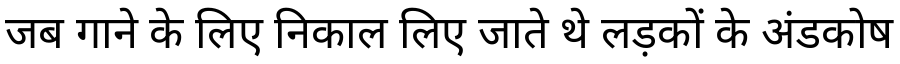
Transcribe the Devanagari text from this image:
जब गाने के लिए निकाल लिए जाते थे लड़कों के अंडकोष